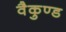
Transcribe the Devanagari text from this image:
वैकुण्ड